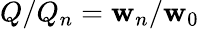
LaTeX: Q/Q_{n}=\mathbf{w}_{n}/\mathbf{w}_{0}